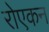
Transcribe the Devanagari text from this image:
रोएकन